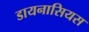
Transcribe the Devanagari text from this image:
डायनासियस